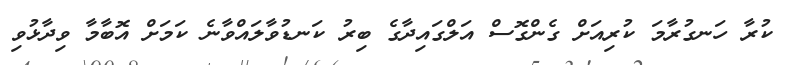
ކުރާ ހަނގުރާމަ ކުރިއަށް ގެންގޮސް އަލްގައިދާގެ ބިރު ކަނޑުވާލައްވާނެ ކަމަށް އޮބާމާ ވިދާޅުވި